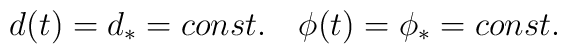
d(t)=d_{\ast}=const. \quad \phi(t)=\phi_{\ast}=const.